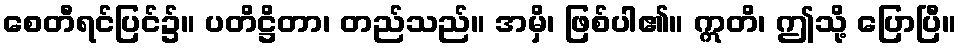
စေတီရင်ပြင်၌။ ပတိဋ္ဌိတာ၊ တည်သည်။ အမှိ၊ ဖြစ်ပါ၏။ ဣတိ၊ ဤသို့ ပြောပြီ။